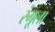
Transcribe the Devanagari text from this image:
रंगूला